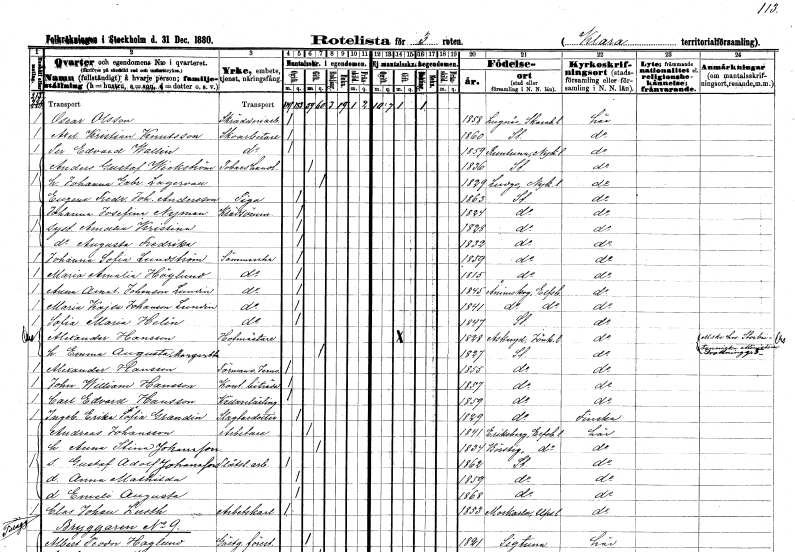
gt_parse: households: individuals: FN: Oscar
EN: Olsson
YRKE: Skrädderiarbetare
KON: M
CIV: O
FODAR: 1858
FODFORS: Lugnås Skaraborgs län
FN: Axel Kristian
EN: Knutsson
YRKE: Skoarbetare
KON: M
CIV: O
FODAR: 1860
FODFORS: Stockholm
FN: Per Edvard
EN: Wallin
YRKE: Skoarbetare
KON: M
CIV: O
FODAR: 1859
FODFORS: Runtuna Södermanlands län
FN: Anders Gustaf
EN: Wickström
YRKE: Tobakshandlare
KON: M
CIV: G
FODAR: 1836
FODFORS: Stockholm
FN: Johanna Gabriella
EN: Lagervall
KON: K
CIV: G
FODAR: 1829
FODFORS: Ludgo Södermanlands län
FN: Eugene Fredrika Johanna
EN: Andersson
YRKE: Piga
KON: K
CIV: O
FODAR: 1863
FODFORS: Stockholm
FN: Johanna Josefina
EN: Nyman
YRKE: Klädsömmerska
KON: K
CIV: O
FODAR: 1824
FODFORS: Stockholm
FN: Amalia Kristina
KON: K
CIV: O
FODAR: 1828
FODFORS: Stockholm
FN: Augusta Fredrika
KON: K
CIV: O
FODAR: 1832
FODFORS: Stockholm
FN: Johanna Sofia
EN: Lundström
YRKE: Sömmerska
KON: K
CIV: O
FODAR: 1859
FODFORS: Stockholm
FN: Maria Amalia
EN: Höglund
YRKE: Sömmerska
KON: K
CIV: O
FODAR: 1815
FODFORS: Stockholm
FN: Anna Amalia
EN: Johanson Lundin
YRKE: Sömmerska
KON: K
CIV: O
FODAR: 1845
FODFORS: Ånimskog Älvsborgs län
FN: Maria Kajsa
EN: Johanson Lundin
YRKE: Sömmerska
KON: K
CIV: O
FODAR: 1841
FODFORS: Ånimskog Älvsborgs län
FN: Sofia Maria
EN: Helin
YRKE: Sömmerska
KON: K
CIV: O
FODAR: 1847
FODFORS: Stockholm
FN: Alexander
EN: Hansson
YRKE: Hovmästare
KON: M
CIV: G
FODAR: 1828
FODFORS: Askeryd Jönköpings län
FN: Emma Augusta Margaretha
KON: K
CIV: G
FODAR: 1827
FODFORS: Stockholm
FN: Alexander
EN: Hansson
YRKE: Järnvägsförman
KON: M
CIV: O
FODAR: 1855
FODFORS: Stockholm
FN: John William
EN: Hansson
YRKE: Kontorsbiträde
KON: M
CIV: O
FODAR: 1857
FODFORS: Stockholm
FN: Carl Edvard
EN: Hansson
YRKE: Källarelärling
KON: M
CIV: O
FODAR: 1859
FODFORS: Stockholm
FN: Ingeborg Erika Sofia
EN: Grandin
YRKE: Slaktaredotter
KON: K
CIV: O
FODAR: 1829
FODFORS: Stockholm
FN: Andreas
EN: Johansson
YRKE: Arbetare
KON: M
CIV: G
FODAR: 1841
FODFORS: Eriksberg Älvsborgs län
FN: Anna Stina
EN: Johansson
KON: K
CIV: G
FODAR: 1834
FODFORS: Börstig Skaraborgs län
FN: Gustaf Adolf
EN: Johansson
YRKE: Plåtslageriarbetare
KON: M
CIV: O
FODAR: 1862
FODFORS: Stockholm
FN: Anna Mathilda
KON: K
CIV: O
FODAR: 1859
FODFORS: Stockholm
FN: Emeli Augusta
KON: K
CIV: O
FODAR: 1868
FODFORS: Stockholm
FN: Clas Johan
EN: Lusth
YRKE: Arbetskarl
KON: M
CIV: O
FODAR: 1853
FODFORS: Morkarla Uppsala län
FN: Albert Teodor
EN: Haglund
YRKE: Gästgiveriföreståndare
KON: M
CIV: G
FODAR: 1821
FODFORS: Sigtuna Stockholms län